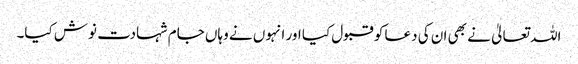
اللہ تعالیٰ نے بھی ان کی دعا کو قبول کیا اور انہوں نے وہاں جام شہادت نوش کیا۔